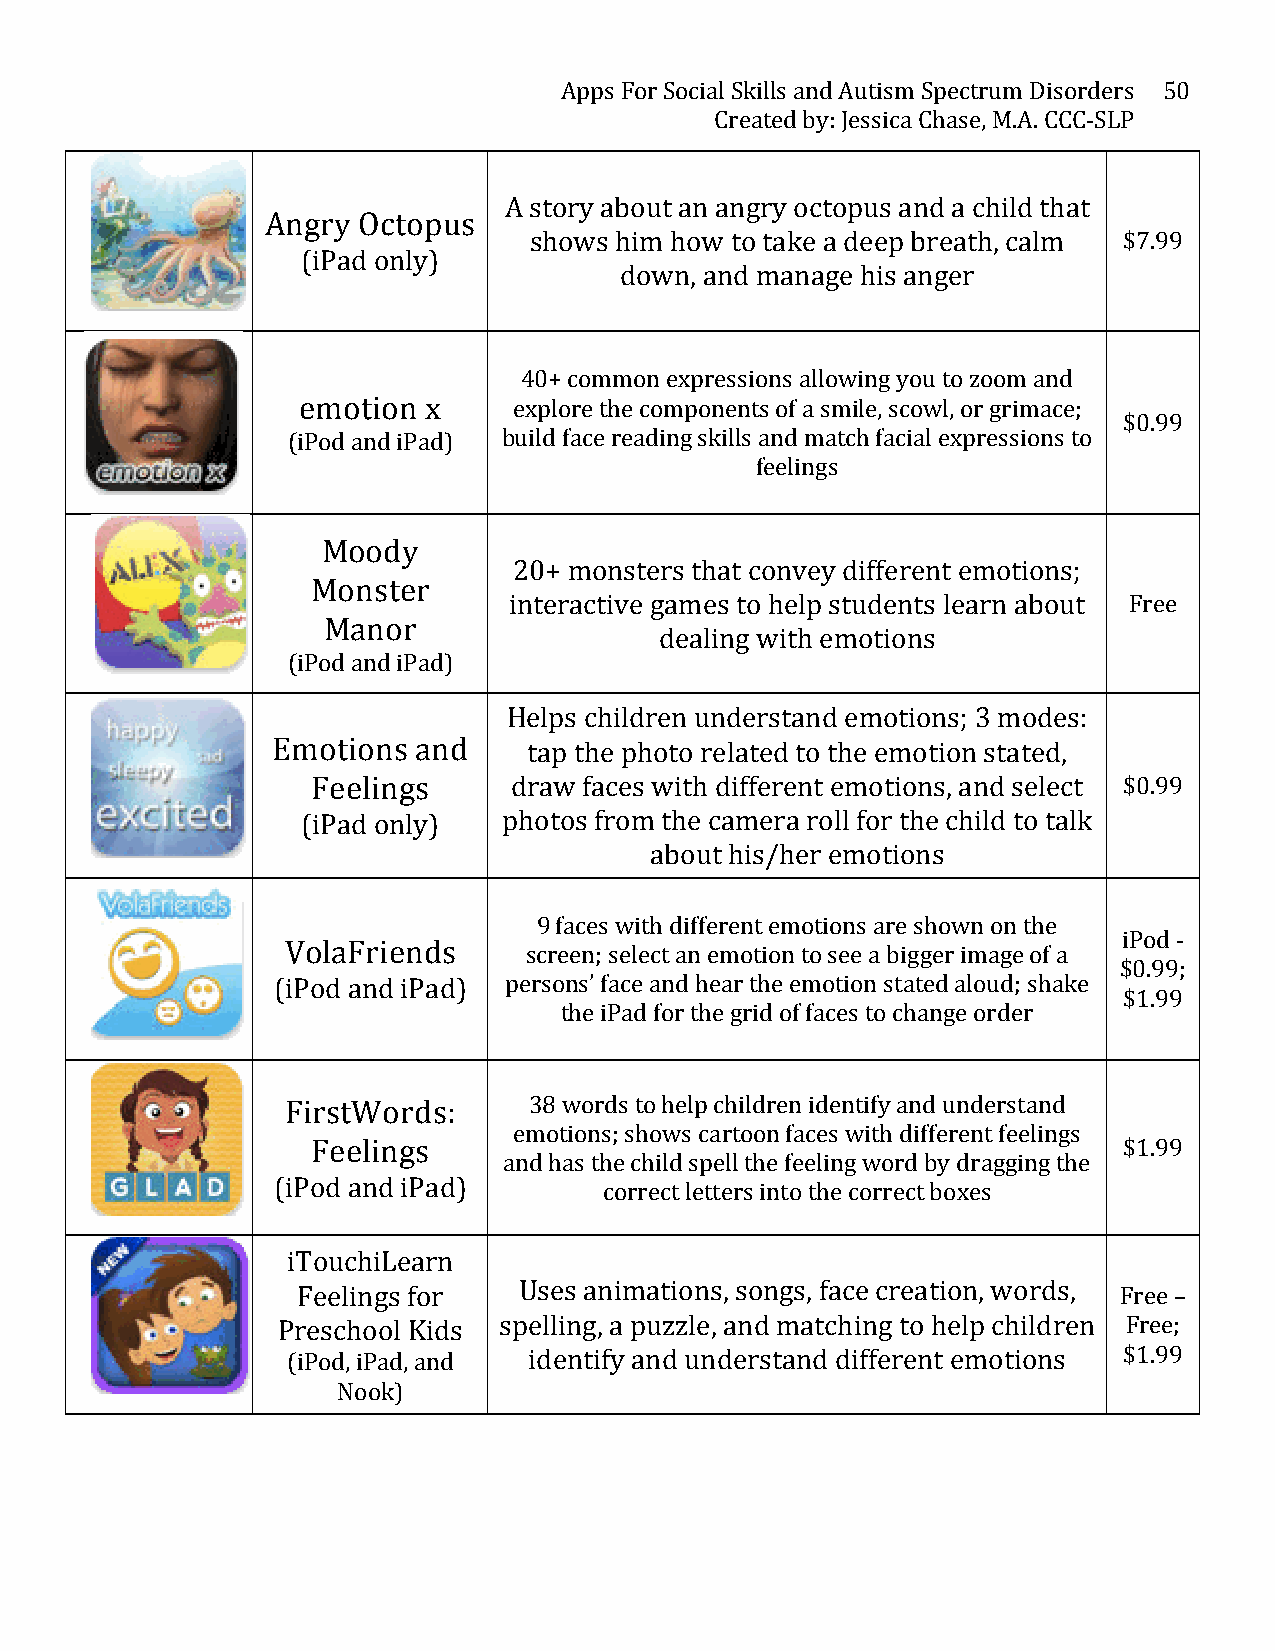
Apps For Social Skills and Autism Spectrum Disorders 50
 Created by: Jessica Chase, M.A. CCC-­‐SLP
 A story about an angry octopus and a child that
 Angry Octopus
 shows him how to take a deep breath, calm $7.99
 (iPad only)
 down, and manage his anger
 40+ common expressions allowing you to zoom and
 emotion x     explore the components of a smile, scowl, or grimace;
 $0.99
 (iPod and iPad) build face reading skills and match facial expressions to
 feelings
 Moody
 20+ monsters that convey different emotions;
 Monster
 interactive games to help students learn about Free
 Manor
 dealing with emotions
 (iPod and iPad)
 Helps children understand emotions; 3 modes:
 Emotions and     tap the photo related to the emotion stated,
 Feelings     draw faces with different emotions, and select $0.99
 (iPad only)  photos from the camera roll for the child to talk
 about his/her emotions
 9 faces with different emotions are shown on the
 iPod -­‐
 VolaFriends     screen; select an emotion to see a bigger image of a
 $0.99;
 (iPod and iPad) persons’ face and hear the emotion stated aloud; shake
 $1.99
 the iPad for the grid of faces to change order
 FirstWords:     38 words to help children identify and understand
 emotions; shows cartoon faces with different feelings
 Feelings                                             $1.99
 and has the child spell the feeling word by dragging the
 (iPod and iPad)
 correct letters into the correct boxes
 iTouchiLearn
 Feelings for  Uses animations, songs, face creation, words, Free –
 Preschool Kids spelling, a puzzle, and matching to help children Free;
 (iPod, iPad, and identify and understand different emotions $1.99
 Nook)